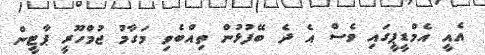
އެއީ އެމްޑީޕީގައި ވެސް އެ ދެ ބޭފުޅުން ތިއްބެވި މަގާމު ޖުމްހޫރީ ޕާޓީން